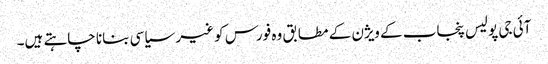
آئی جی پولیس پنجاب کے ویژن کے مطابق وہ فورس کو غیر سیاسی بنانا چاہتے ہیں۔